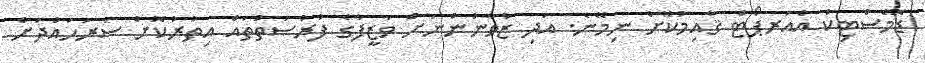
ޑޮމެސްޓިކް އެއަރޕޯޓް ޤާއިމުކޮށް ނިމޭނެ. އަދި ޒުވާނުންނަށް ވަޒީފާގެ ފުރުޞަތުތައް އިތުރުކޮށް ސަރަޙައްދަށް